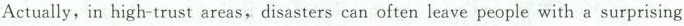
Actually, in high-trust areas,disasters can often leave people with a surprising